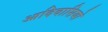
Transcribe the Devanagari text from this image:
आदिवासियो